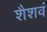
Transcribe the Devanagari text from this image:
शैशवं